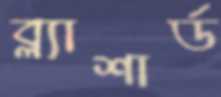
ব্ল্যাশার্ড